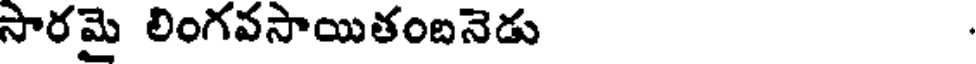
సారమై లింగవసాయితంబనెడు